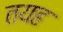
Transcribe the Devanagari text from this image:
तयह